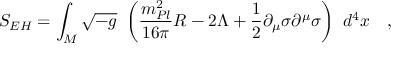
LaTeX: S _ { E H } = \int _ { \cal M } \sqrt { - g } ~ \left( { \frac { m _ { P l } ^ { 2 } } { 1 6 \pi } } { \cal R } - 2 \Lambda + { \frac { 1 } { 2 } } \partial _ { \mu } \sigma \partial ^ { \mu } \sigma \right) ~ d ^ { 4 } x ~ ~ ~ ,